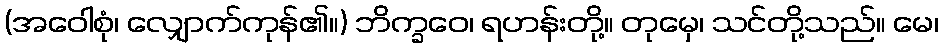
(အဝေါစုံ၊ လျှောက်ကုန်၏။) ဘိက္ခဝေ၊ ရဟန်းတို့။ တုမှေ၊ သင်တို့သည်။ မေ၊